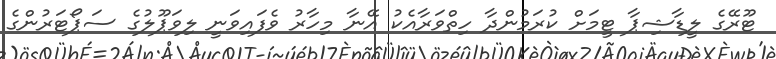
ޓޫރޭގެ ލީޑާޝިޕާ ޓީމަށް ކުރަމުންދާ ހިތްވަރާއެކު އޭނާ މިހާރު ވެފައިވަނީ ލިވަޕޫލުގެ ސަޕޯޓަރުންގެ